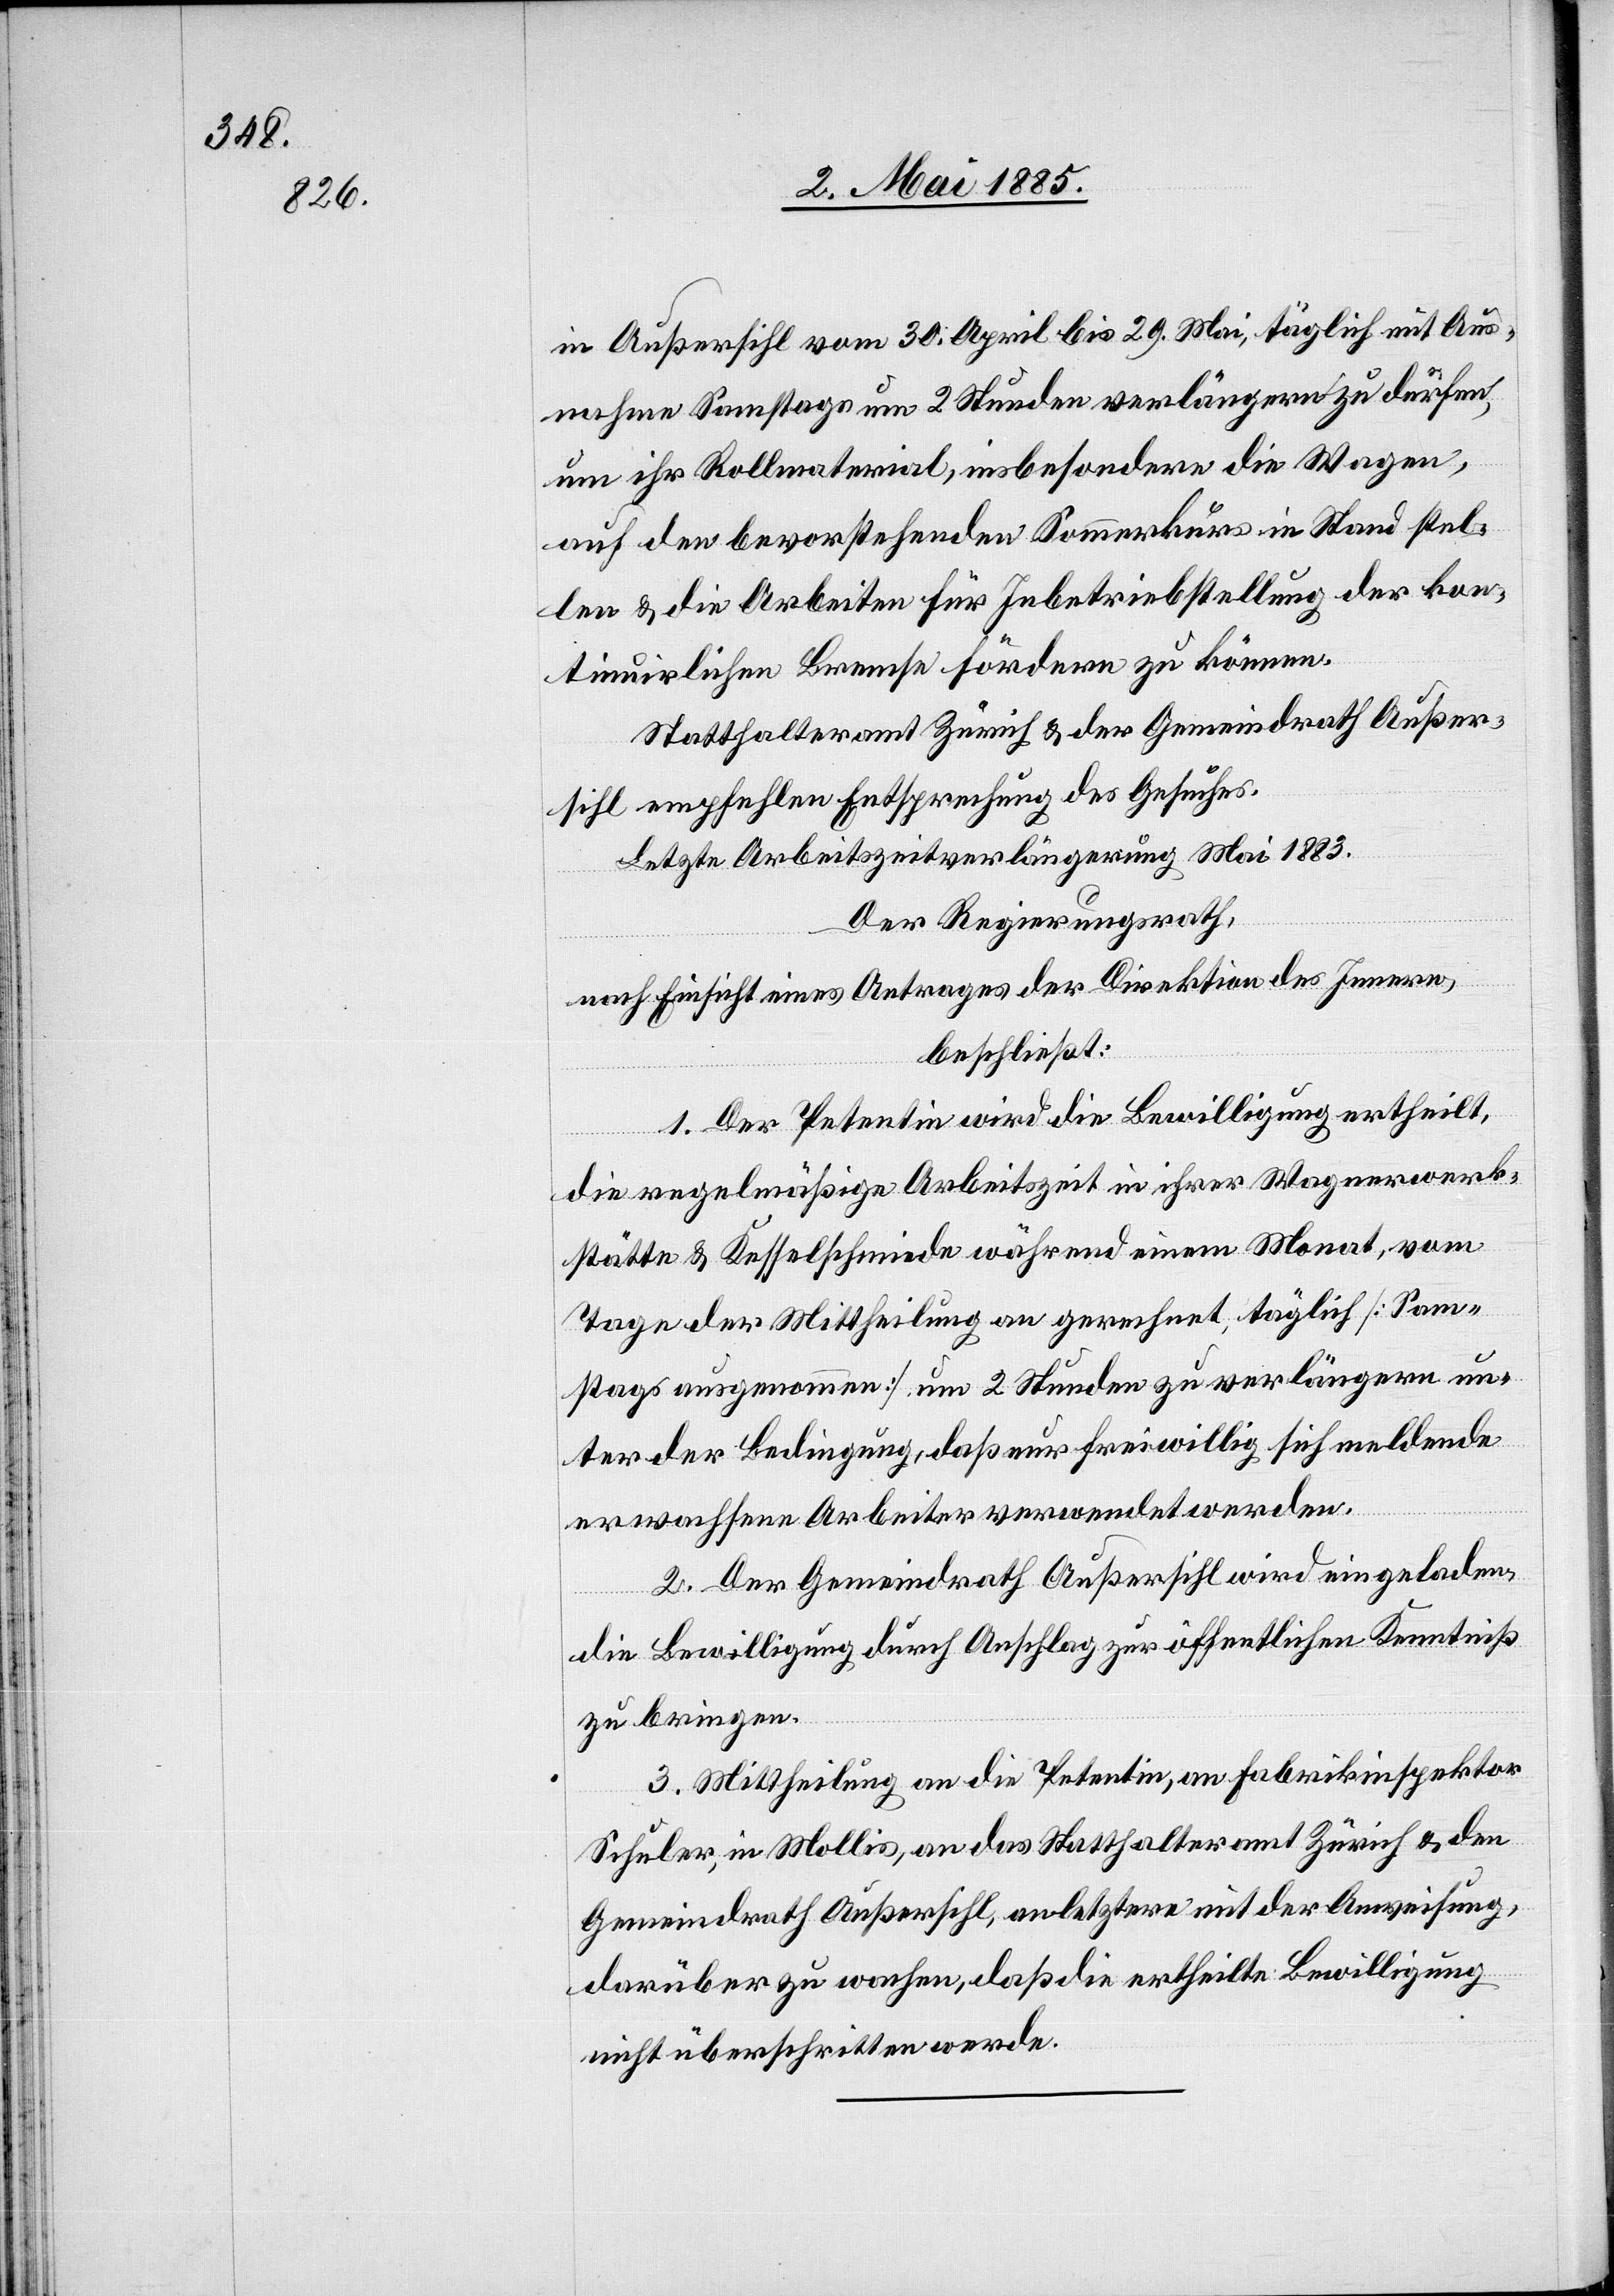
in Außersihl vom 30. April bis 29. Mai, täglich mit Aus¬
nahme Samstags um 2 Stunden verlängern zu dürfen,
um ihr Rollmaterial, insbesondere die Wagen,
auf den bevorstehenden Sommerkurs in Stand stel¬
len & die Arbeiten für Inbetriebstellung der kon¬
tinuirlichen Bremse fördern zu können.
Statthalteramt Zürich & der Gemeindrath Außer¬
sihl empfehlen Entsprechung des Gesuches.
Letzte Arbeitszeitverlängerung Mai 1883.
Der Regierungsrath,
nach Einsicht eines Antrages der Direktion des Innern,
beschließt:
1. Der Petentin wird die Bewilligung ertheilt,
die regelmäßige Arbeitszeit in ihrer Wagenwerk¬
stätte & Kesselschmiede während einem Monat, vom
Tage der Mittheilung an gerechnet, täglich [Sam¬
stags ausgenommen] um 2 Stunden zu verlängern un¬
ter der Bedingung, daß nur freiwillig sich meldende
erwachsene Arbeiter verwendet werden.
2. Der Gemeindrath Außersihl wird eingeladen,
die Bewilligung durch Anschlag zur öffentlichen Kenntniß
zu bringen.
3. Mittheilung an die Petentin, an Fabrikinspektor
Schuler, in Mollis, an das Statthalteramt Zürich & den
Gemeindrath Außersihl, an letztern mit der Anweisung,
darüber zu wachen, daß die ertheilte Bewilligung
nicht überschritten werde.